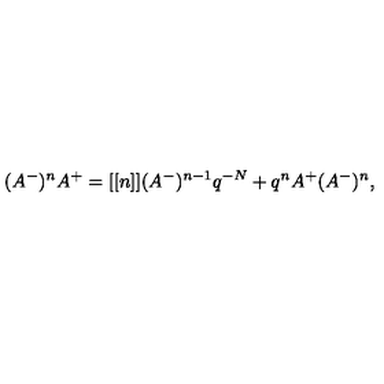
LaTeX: ( A ^ { - } ) ^ { n } A ^ { + } = [ [ n ] ] ( A ^ { - } ) ^ { n - 1 } q ^ { - N } + q ^ { n } A ^ { + } ( A ^ { - } ) ^ { n } ,